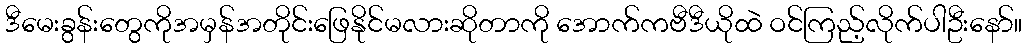
ဒီမေးခွန်းတွေကိုအမှန်အတိုင်းဖြေနိုင်မလားဆိုတာကို အောက်ကဗီဒီယိုထဲ ဝင်ကြည့်လိုက်ပါဦးနော်။